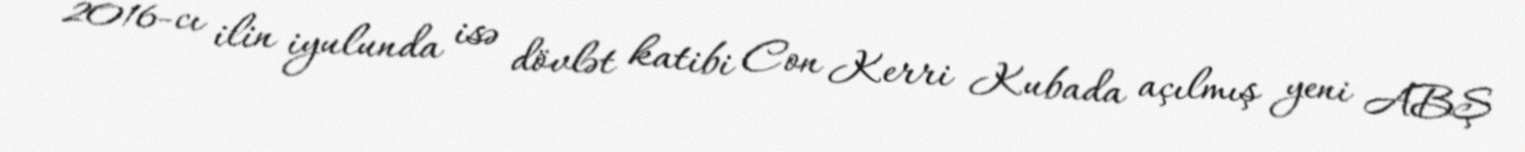
2016-cı ilin iyulunda isə dövlət katibi Con Kerri Kubada açılmış yeni ABŞ